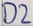
Text: D2